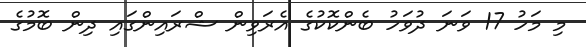
މި މަހު 17 ވަނަ ދުވަހު ބެންކޮކުގެ އެރަވިން ޝްރައިންގައި ދިން ބޮމުގެ